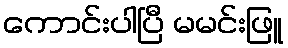
ကောင်းပါပြီ မမင်းဖြူ